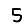
Digit: 5